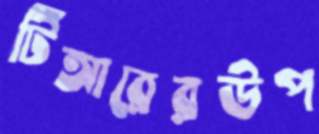
টিআরেরউপ